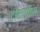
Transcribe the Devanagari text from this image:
टोकाचिस